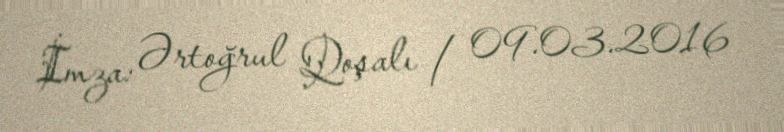
İmza: Ərtoğrul Qoşalı / 09.03.2016